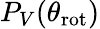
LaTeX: P_{V}(\theta_{\mathrm{rot}})